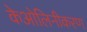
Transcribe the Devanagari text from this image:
केओलिनीकरण